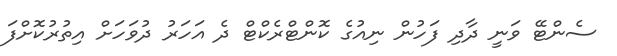
ސެންޓޭ ވަނީ ދާދި ފަހުން ނިއުގެ ކޮންޓްރެކްޓް ދެ އަހަރު ދުވަހަށް އިތުރުކޮށްފަ